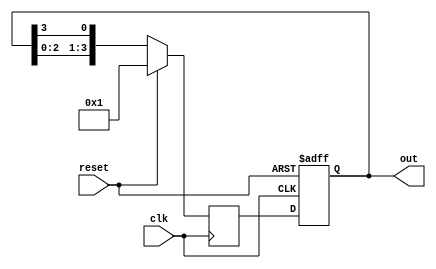
module Ring_Counter(
    input wire clk,
    input wire reset,
    output reg [3:0] out
);

reg [3:0] next_out;

always @(posedge clk or posedge reset)
begin
    if (reset)
        out <= 4'b0000;
    else
        out <= next_out;
end

always @(posedge clk)
begin
    if (reset)
        next_out <= 4'b0001;
    else
        next_out <= {out[2:0], out[3]};
end

endmodule